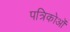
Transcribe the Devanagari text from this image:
पत्रिकोओं